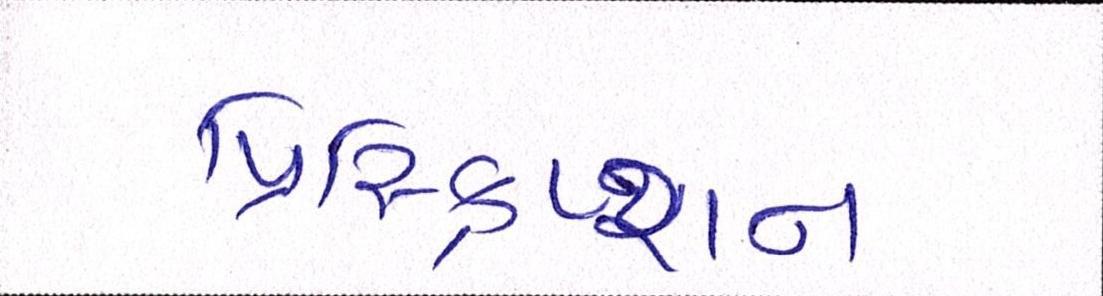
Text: પ્રિસ્ક્રિપ્શન